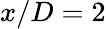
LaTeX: x/D=2